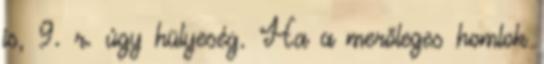
is, 9. r. úgy hülyeség. Ha a merőleges homlok